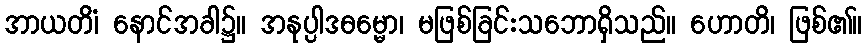
အာယတိံ၊ နောင်အခါ၌။ အနုပ္ပါဒဓမ္မော၊ မဖြစ်ခြင်းသဘောရှိသည်။ ဟောတိ၊ ဖြစ်၏။